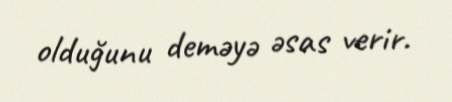
olduğunu deməyə əsas verir.